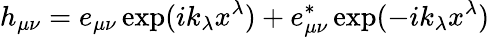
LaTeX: h_{\mu\nu}=e_{\mu\nu}\exp(ik_{\lambda}x^{\lambda})+e_{\mu\nu}^{*}\exp(-ik_{\lambda}x^{\lambda})